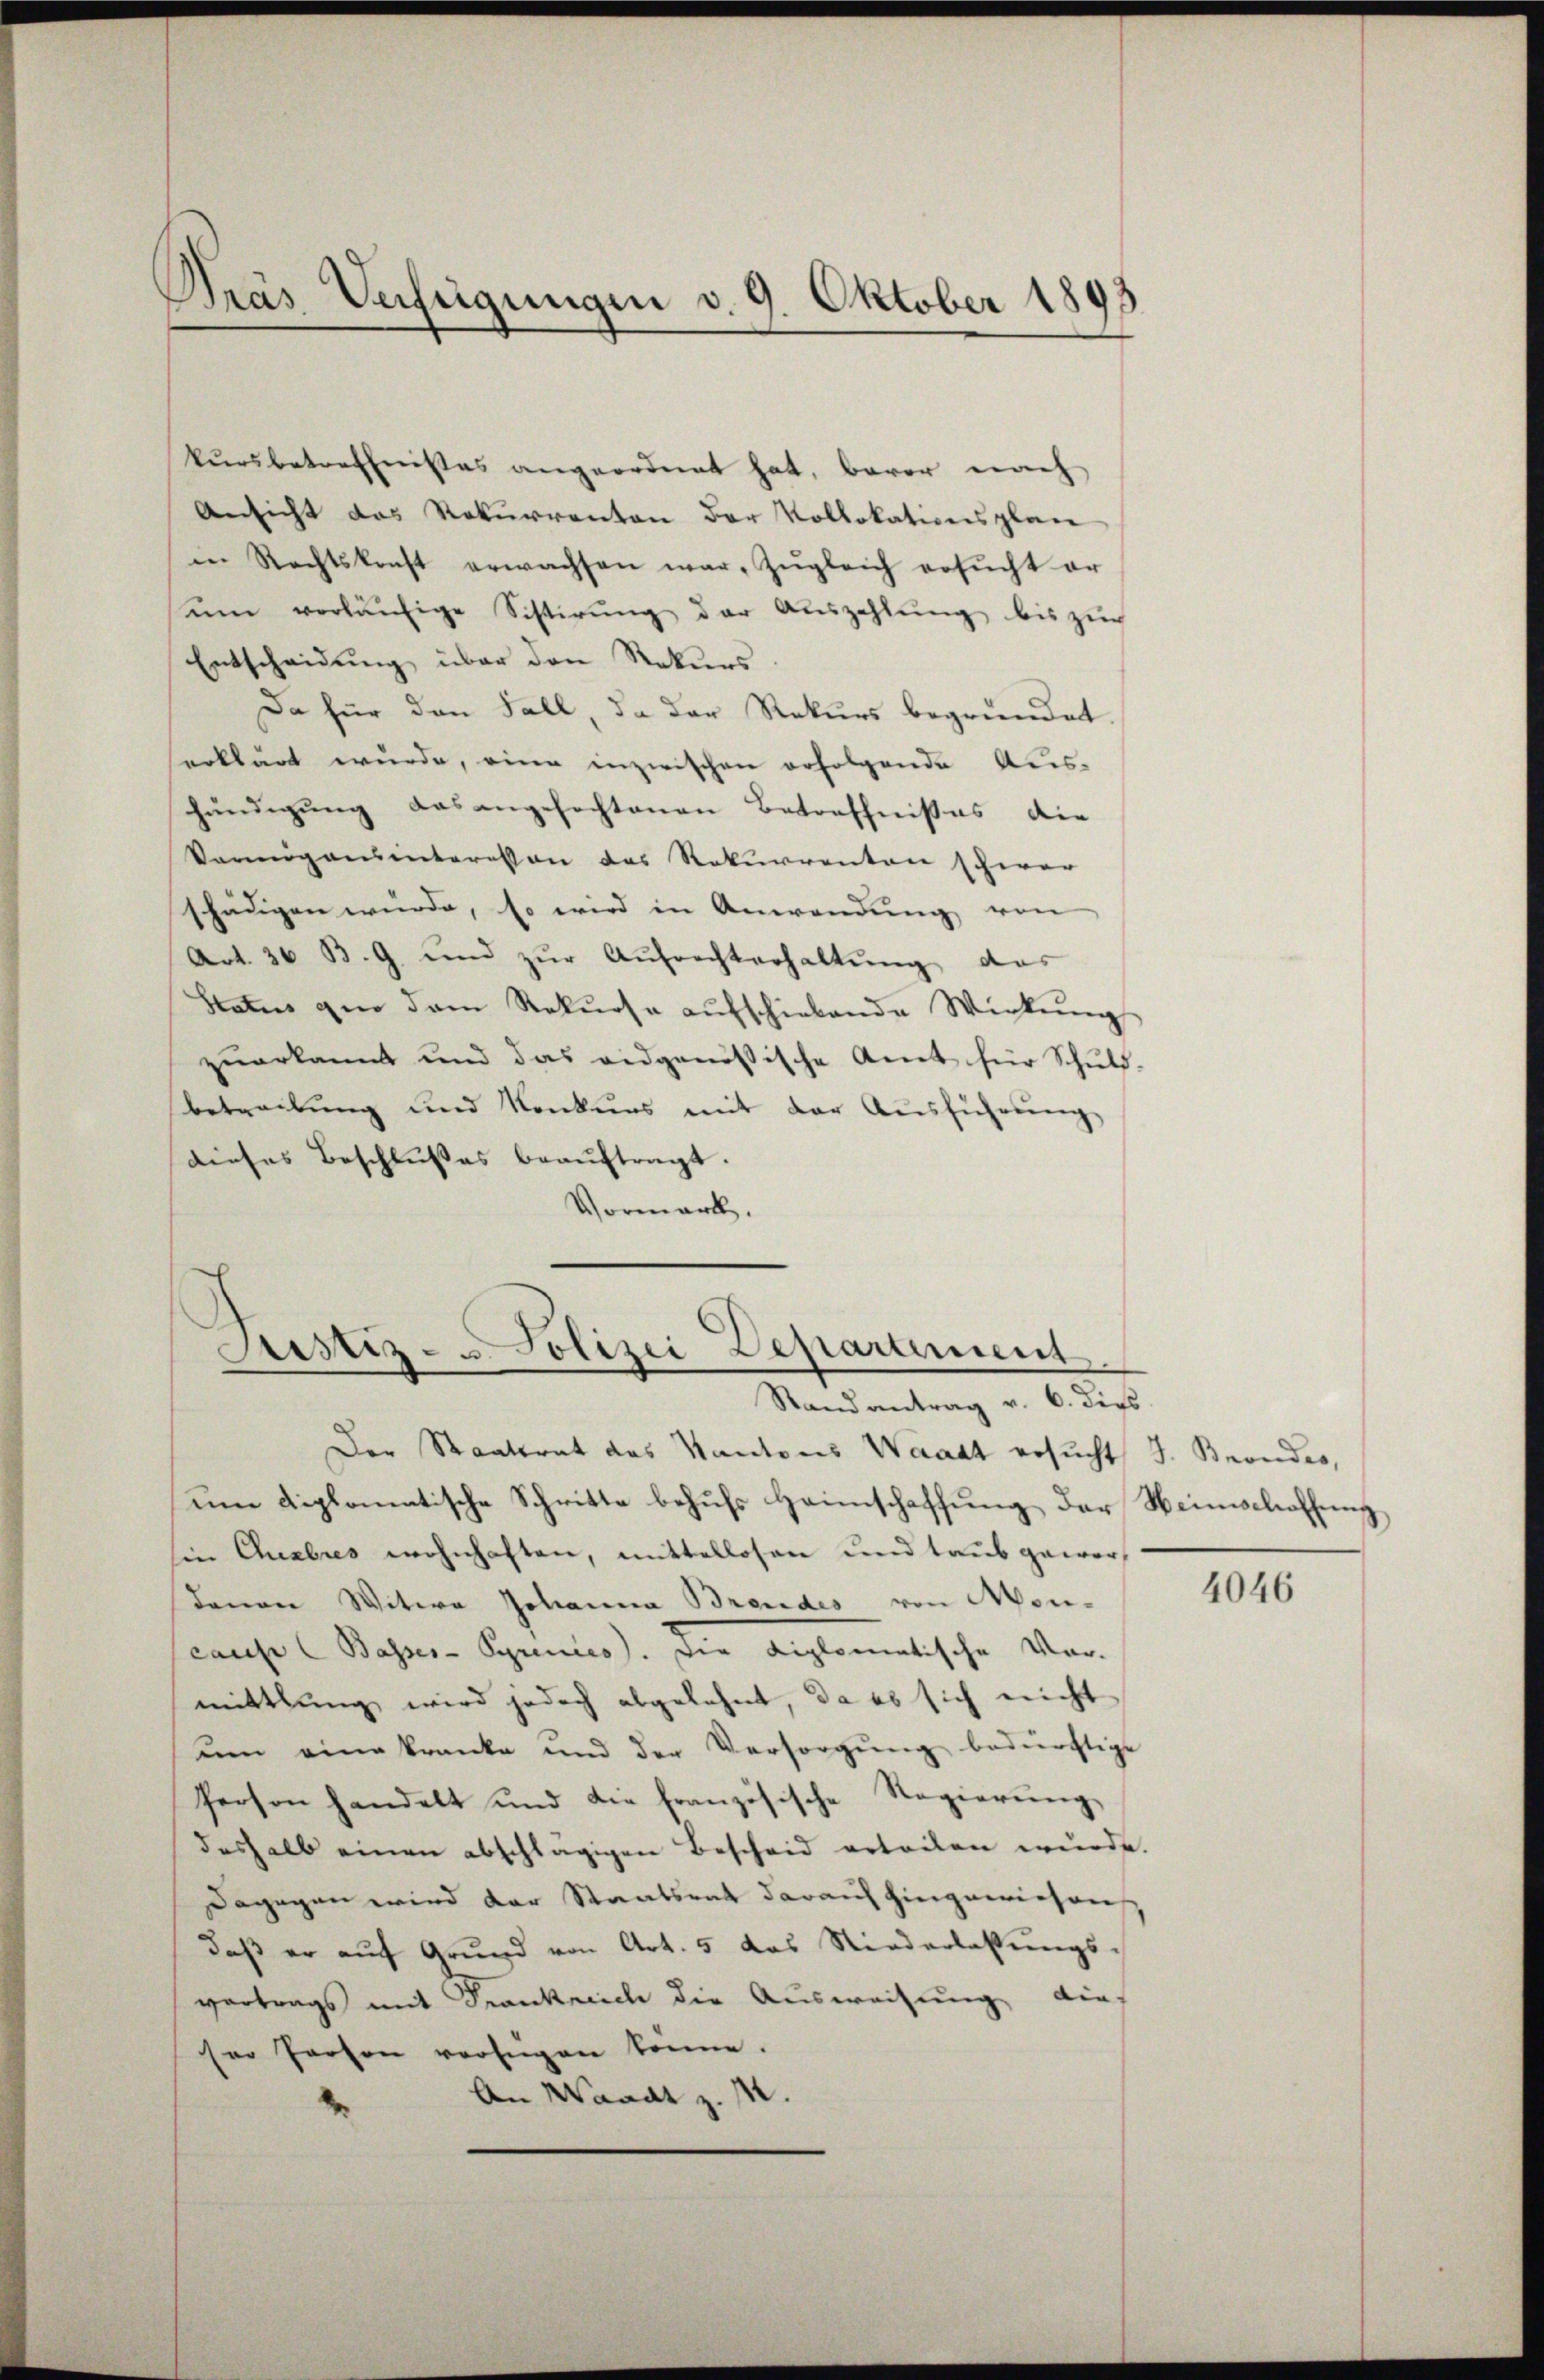
Gras Verfügungen d. 9. Oktober 1893

kursbetreffnisses angeordnet hat, baror nach
Ansicht das Rekurrenton der Kollokationsplane
in Rechtskonft erwachsen war. Zŭgleich ersŭcht er
um vorläufige Sistirung der Auszahlung bis zur
Entscheidung über den Rekurs
Da für den Fall, da der Rekurs begründet.
erklärt wurde, eine inzwischen erfolgende Aus-
händigung das angefochtenen Betreffnißes die
Vannigensinteressen das Rekurrenten schwer
schädigen wurde, so wird in Anwendung von
Art. 36 B. G. und zŭr Aŭfrechterhaltung des
Status gen dem Rekŭrsa aŭfschiebende Wickŭng
zŭerkannt und das eidgenössische Amt für Schŭld-
betreibung und Konkurs mit der Ausführung
dieses Beschlusses beaŭftragt.
Vormark.

Justiz- u Polizei Deparament
Stand antrag v. 6. dies

Der Staatsrat des Kantons Waadt ersucht J. Brandes,
um diplomatische Schritte behufs Heimschaffung der Weinschaffung
sin Chebres wohnhaften, mittellosen und taub gewordavon Witwe Johanna Brendes von Mon-
cause (Basser-Seprenies). Die Anglomatische Ver-
mittlung wird jedoch abgelehnt, da es sich nicht
uum eine kranke und der Versorgŭng bedürftige
Person handelt und die französische Regierŭng
deshalb einen abschlägigen Bescheid erteilen wurde.
Dagegen wird der Staatsrat darauf hingewiesen
daß er auf Grund von Art. 5 das Niederlassungs-
vertrags mit Frankreich die Ausweisung dies
ser Person verfügen könne.
An Waadt z.

4046